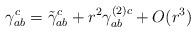
LaTeX: \begin{align*} \gamma_{ab}^c = \tilde \gamma_{ab}^c +r^2 \gamma_{ab}^{(2)c}+O(r^3) \end{align*}